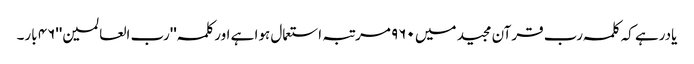
یادرہے کہ کلمہ رب قرآن مجید میں ٩٦٠ مرتبہ استعمال ہوا ہے اورکلمہ ''رب العالمین''٤٦ بار۔